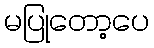
မပြုတော့ပေ